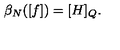
\beta _ { N } ( [ f ] ) = [ H ] _ { Q } .